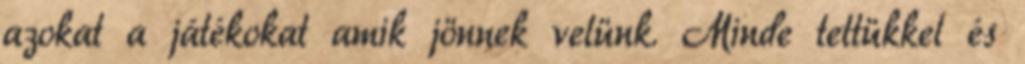
azokat a játékokat amik jönnek velünk. Minde tettükkel és